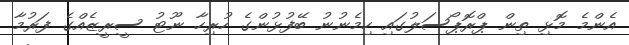
އެންމެ މޮޅި ތިން ޕްރޮޕޯސަލުގައި ހިމެނުނު ބޭފުޅުންގެ ހުރިހާ ނޫޓު ސީރީޒެއްގެ ފަރުމާ